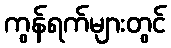
ကွန်ရက်များတွင်